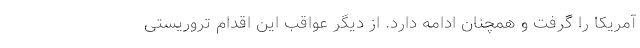
آمریکا را گرفت و همچنان ادامه دارد. از دیگر عواقب این اقدام تروریستی